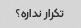
تکرار نداره؟